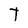
Character: T